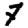
Digit: 7